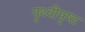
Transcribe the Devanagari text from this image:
पृथ्वीपृष्ठ